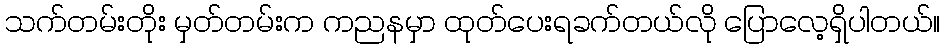
သက်တမ်းတိုး မှတ်တမ်းက ကညနမှာ ထုတ်ပေးရခက်တယ်လို ပြောလေ့ရှိပါတယ်။